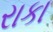
રાકા